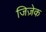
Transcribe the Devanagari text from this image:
जिज़ेक